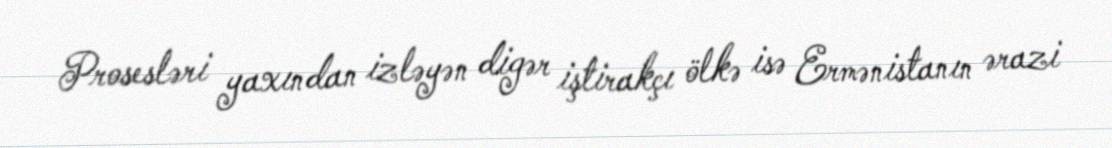
Prosesləri yaxından izləyən digər iştirakçı ölkə isə Ermənistanın ərazi